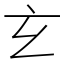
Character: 𤣥